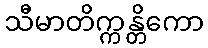
သီမာတိက္ကန္တိကော